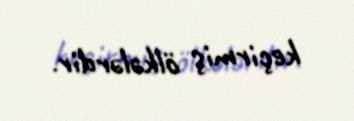
keçirmiş ölkələrdir.